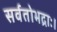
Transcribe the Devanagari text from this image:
सर्वतोभद्राः।